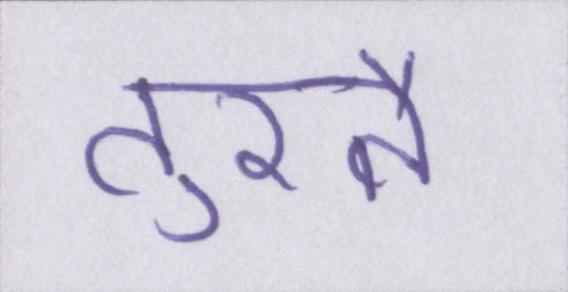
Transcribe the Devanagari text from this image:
तुरतै